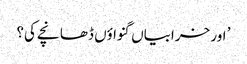
’ اور خرابیاں گنواؤں ڈھانچے کی؟